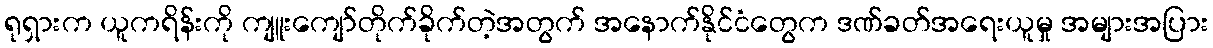
ရုရှားက ယူကရိန်းကို ကျူးကျော်တိုက်ခိုက်တဲ့အတွက် အနောက်နိုင်ငံတွေက ဒဏ်ခတ်အရေးယူမှု အများအပြား